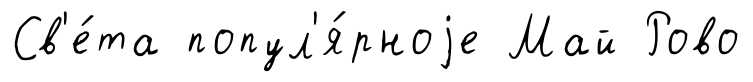
Св'е́та попул'я́рноjе Май Рово